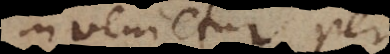
invenietur per